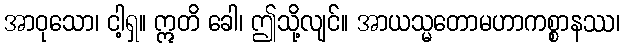
အာဝုသော၊ ငါ့ရှ။ ဣတိ ခေါ၊ ဤသို့လျင်။ အာယသ္မတောမဟာကစ္စာနဿ၊